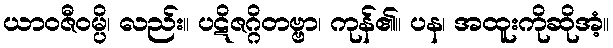
ယာဝဇီဝမ္ပိ၊ လည်း။ ပဋိဇဂ္ဂိတဗ္ဗာ၊ ကုန်၏။ ပန၊ အထူးကိုဆိုအံ့။